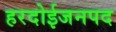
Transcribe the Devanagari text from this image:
हरदोईजनपद